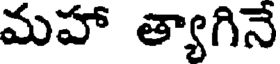
మహా త్యాగినే